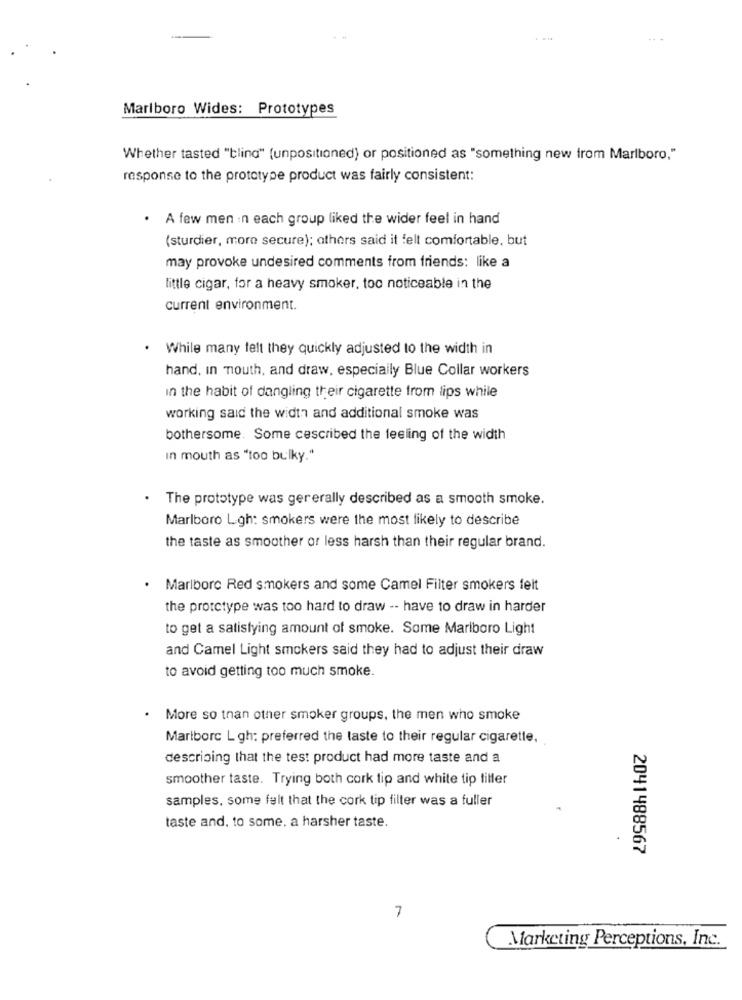
Marlboro Wides: Prototypes
Whether tasted "bling" (unpositioned) or positioned as "something new from Marlboro,"
response to the prototype product was fairly consistent:
· A few men in each group liked the wider feel in hand
(sturdier, more secure); others said it felt comfortable, but
may provoke undesired comments from friends: like a
little cigar, for a heavy smoker, too noticeable in the
current environment.
While many felt they quickly adjusted to the width in
hand, in mouth, and draw, especially Blue Collar workers
in the habit of dangling their cigarette from lips while
working said the width and additional smoke was
bothersome. Some cescribed the feeling of the width
In mouth as "too bulky."
The prototype was gererally described as a smooth smoke.
Marlboro Ligh: smokers were the most likely to describe
the taste as smoother or less harsh than their regular brand.
· Marlboro Red smokers and some Camel Filter smokers felt
the prototype was too hard to draw -- have to draw in harder
to get a satisfying amount of smoke. Some Marlboro Light
and Camel Light smokers said they had to adjust their draw
to avoid getting too much smoke.
More so tnan other smoker groups, the men who smoke
Mariborc L gh: preferred the taste to their regular cigarette,
describing that the test product had more taste and a
smoother taste. Trying both cork tip and white tip tiller
samples, some felt that the cork tip filter was a fuller
taste and, to some. a harsher taste.
2041488567
7
Marketing Perceptions, Inc.